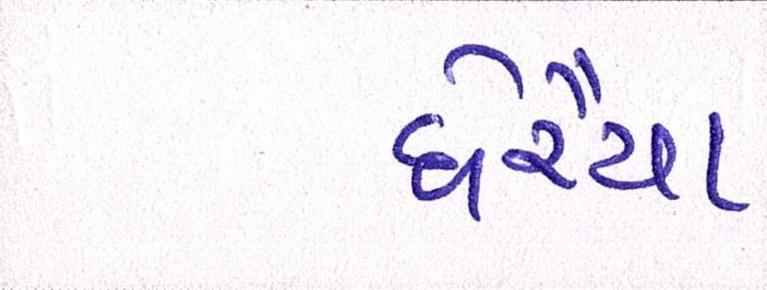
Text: ઘેરૈયા